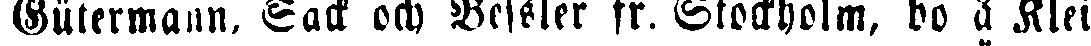
Rütermann, Säck och Bessler fr. Stockholm, bo å Klei-